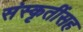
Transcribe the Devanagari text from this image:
संस्कृतींसह